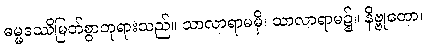
ဓမ္မဒဿိမြတ်စွာဘုရားသည်။ သာလာရာမမှိ၊ သာလာရာမ၌။ နိဗ္ဗုတော၊